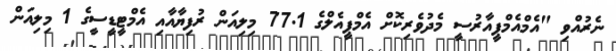
ނެރުއްވި "އެމްއެމްޕީއާރުސީ މެދުވެރިކޮށް އެމްޕީއެލްގެ 77.1 މިލިއަން ރުފިޔާއާއި އެމްޓީޑީސީގެ 1 މިލިއަން